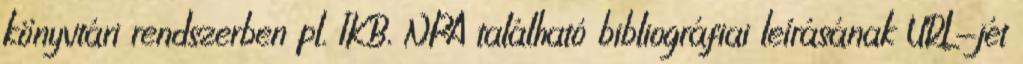
könyvtári rendszerben pl. IKB, NPA található bibliográfiai leírásának URL-jét